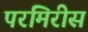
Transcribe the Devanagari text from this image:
परमिरीस